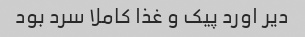
دیر اورد پیک و غذا کاملا سرد بود